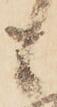
も